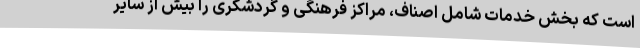
است که بخش خدمات شامل اصناف، مراکز فرهنگی و گردشگری را بیش از سایر